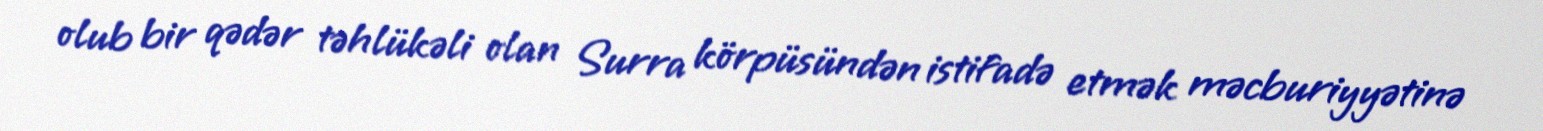
olub bir qədər təhlükəli olan Surra körpüsündən istifadə etmək məcburiyyətinə